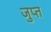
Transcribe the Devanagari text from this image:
जुप्त